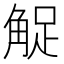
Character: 𧣫